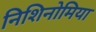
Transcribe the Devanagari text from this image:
निशिनोमिया